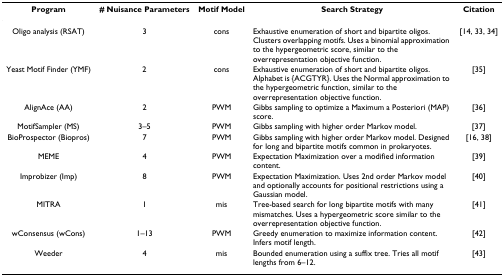
<table><thead><tr><td><b>Program</b></td><td><b># Nuisance Parameters</b></td><td><b>Motif Model</b></td><td><b>Search Strategy</b></td><td><b>Citation</b></td></tr></thead><tbody><tr><td>Oligo analysis (RSAT)</td><td>3</td><td>cons</td><td>Exhaustive enumeration of short and bipartite oligos. Clusters overlapping motifs. Uses a binomial approximation to the hypergeometric score, similar to the overrepresentation objective function.</td><td>[14, 33, 34]</td></tr><tr><td>Yeast Motif Finder (YMF)</td><td>2</td><td>cons</td><td>Exhaustive enumeration of short and bipartite oligos. Alphabet is {ACGTYR}. Uses the Normal approximation to the hypergeometric function, similar to the overrepresentation objective function.</td><td>[35]</td></tr><tr><td>AlignAce (AA)</td><td>2</td><td>PWM</td><td>Gibbs sampling to optimize a Maximum a Posteriori (MAP) score.</td><td>[36]</td></tr><tr><td>MotifSampler (MS)</td><td>3–5</td><td>PWM</td><td>Gibbs sampling with higher order Markov model.</td><td>[37]</td></tr><tr><td>BioProspector (Biopros)</td><td>7</td><td>PWM</td><td>Gibbs sampling with higher order Markov model. Designed for long and bipartite motifs common in prokaryotes.</td><td>[16, 38]</td></tr><tr><td>MEME</td><td>4</td><td>PWM</td><td>Expectation Maximization over a modified information content.</td><td>[39]</td></tr><tr><td>Improbizer (Imp)</td><td>8</td><td>PWM</td><td>Expectation Maximization. Uses 2nd order Markov model and optionally accounts for positional restrictions using a Gaussian model.</td><td>[40]</td></tr><tr><td>MITRA</td><td>1</td><td>mis</td><td>Tree-based search for long bipartite motifs with many mismatches. Uses a hypergeometric score similar to the overrepresentation objective function.</td><td>[41]</td></tr><tr><td>wConsensus (wCons)</td><td>1–13</td><td>PWM</td><td>Greedy enumeration to maximize information content. Infers motif length.</td><td>[42]</td></tr><tr><td>Weeder</td><td>4</td><td>mis</td><td>Bounded enumeration using a suffix tree. Tries all motif lengths from 6–12.</td><td>[43]</td></tr></tbody></table>